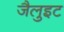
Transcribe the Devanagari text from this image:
जैलुइट